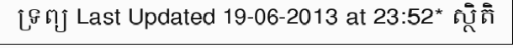
ទ្រព្យ Last Updated 19-06-2013 at 23:52* ស្ថិតិ